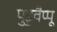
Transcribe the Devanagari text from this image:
पुडुवैप्पू